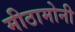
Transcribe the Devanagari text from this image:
मीठामोनी